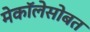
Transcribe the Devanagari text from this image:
मेकॉलेसोबत